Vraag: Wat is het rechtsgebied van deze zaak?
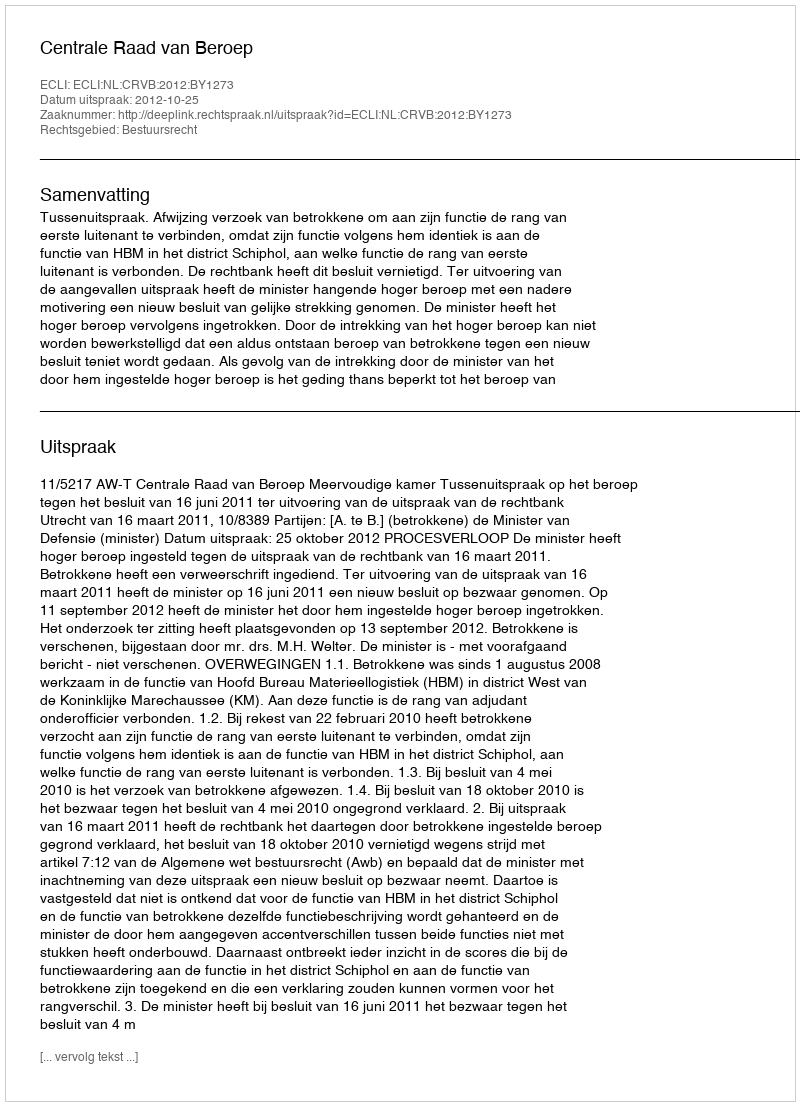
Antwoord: Bestuursrecht